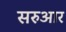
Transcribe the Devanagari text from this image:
सरुआर